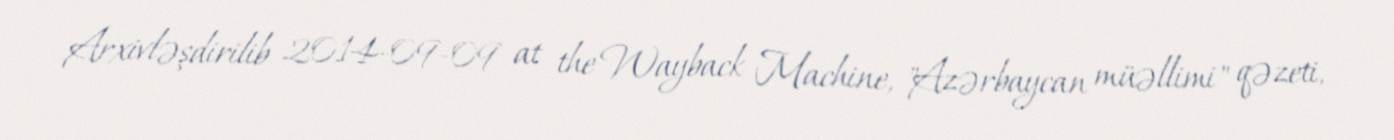
Arxivləşdirilib 2014-09-09 at the Wayback Machine, "Azərbaycan müəllimi" qəzeti,